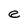
Character: e